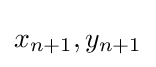
x_{n+1},y_{n+1}